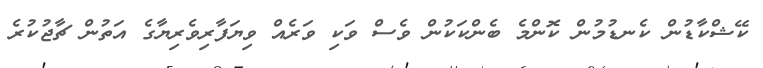
ކޭޝްކާޑުން ކެނޑުމުން ކޮންމެ ބެންކަކުން ވެސް ވަކި ވަރެއް ވިޔަފާރިވެރިޔާގެ އަތުން ޗާޖުކުރެ